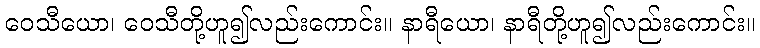
ဝေသီယော၊ ဝေသီတို့ဟူ၍လည်းကောင်း။ နာရီယော၊ နာရီတို့ဟူ၍လည်းကောင်း။